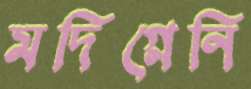
মদিগ্লেনি